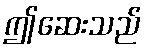
ဤဆေးသည်